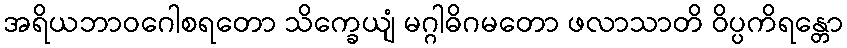
အရိယဘာဝဂေါစရတော သိက္ခေယျံ မဂ္ဂါဓိဂမတော ဖလာသာတိ ဝိပ္ပကိရန္တော